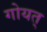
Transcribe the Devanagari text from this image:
गोयत्